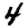
Digit: 4